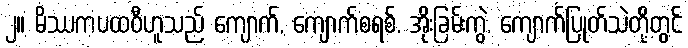
၂။ မိဿကပထဝီဟူသည် ကျောက်, ကျောက်စရစ်, အိုးခြမ်းကွဲ, ကျောက်ပြုတ်သဲတို့တွင်